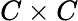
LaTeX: C\times C